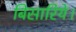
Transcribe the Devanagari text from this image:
बिसारिये।